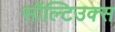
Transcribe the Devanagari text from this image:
सॉल्टिउक्स